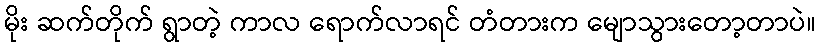
မိုး ဆက်တိုက် ရွာတဲ့ ကာလ ရောက်လာရင် တံတားက မျောသွားတော့တာပဲ။